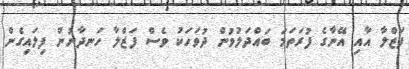
ފަޒްލާ އާއި އޭނާގެ ފުރަތަމަ ބައްދަލުވުން ދުވަހަކު ވެސް ފަޒްލާ ހަނދާނުން ފިލައިގެން